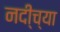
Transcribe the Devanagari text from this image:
नदी्च्या